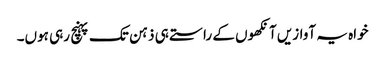
خواہ یہ آوازیں آنکھوں کے راستے ہی ذہن تک پہنچ رہی ہوں۔